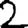
Digit: 2